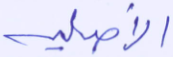
الأصلية